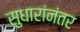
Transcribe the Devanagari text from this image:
सुधारांनंतर